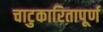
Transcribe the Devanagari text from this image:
चाटुकारितापूर्ण